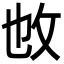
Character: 𢻱